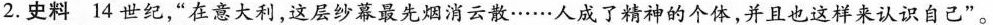
2.史料14世纪，”在意大利，这层纱幕最先烟消云散……人成了精神的个体，并且也这样来认识自己”。